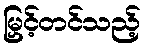
မြှင့်တင်သည့်